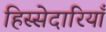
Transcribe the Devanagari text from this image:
हिस्सेदारियाँ